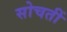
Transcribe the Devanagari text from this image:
सोचतीं